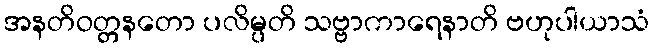
အနတိဝတ္တနတော ပလိမ္ပတိ သဗ္ဗာကာရေနာတိ ဗဟုပါယာသံ